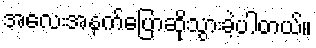
အလေးအနက်ပြောဆိုသွားခဲ့ပါတယ်။